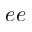
e e